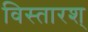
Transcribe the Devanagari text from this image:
विस्तारश्